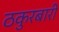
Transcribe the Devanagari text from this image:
ठकुरबारी